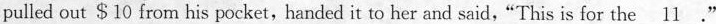
pulled out $ 10 from his pocket,handed it to her and said,"This is for the \underline{11}."